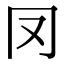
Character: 𠕀